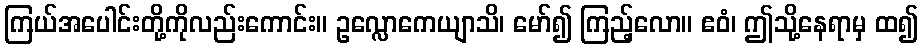
ကြယ်အပေါင်းတို့ကိုလည်းကောင်း။ ဥလ္လောကေယျာသိ၊ မော်၍ ကြည့်လော။ ဧဝံ၊ ဤသို့နေရာမှ ထ၍